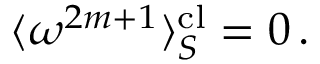
\langle \omega ^ { 2 m + 1 } \rangle _ { S } ^ { \mathrm { c l } } = 0 \, .